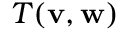
T ( \mathbf { v } , \mathbf { w } )